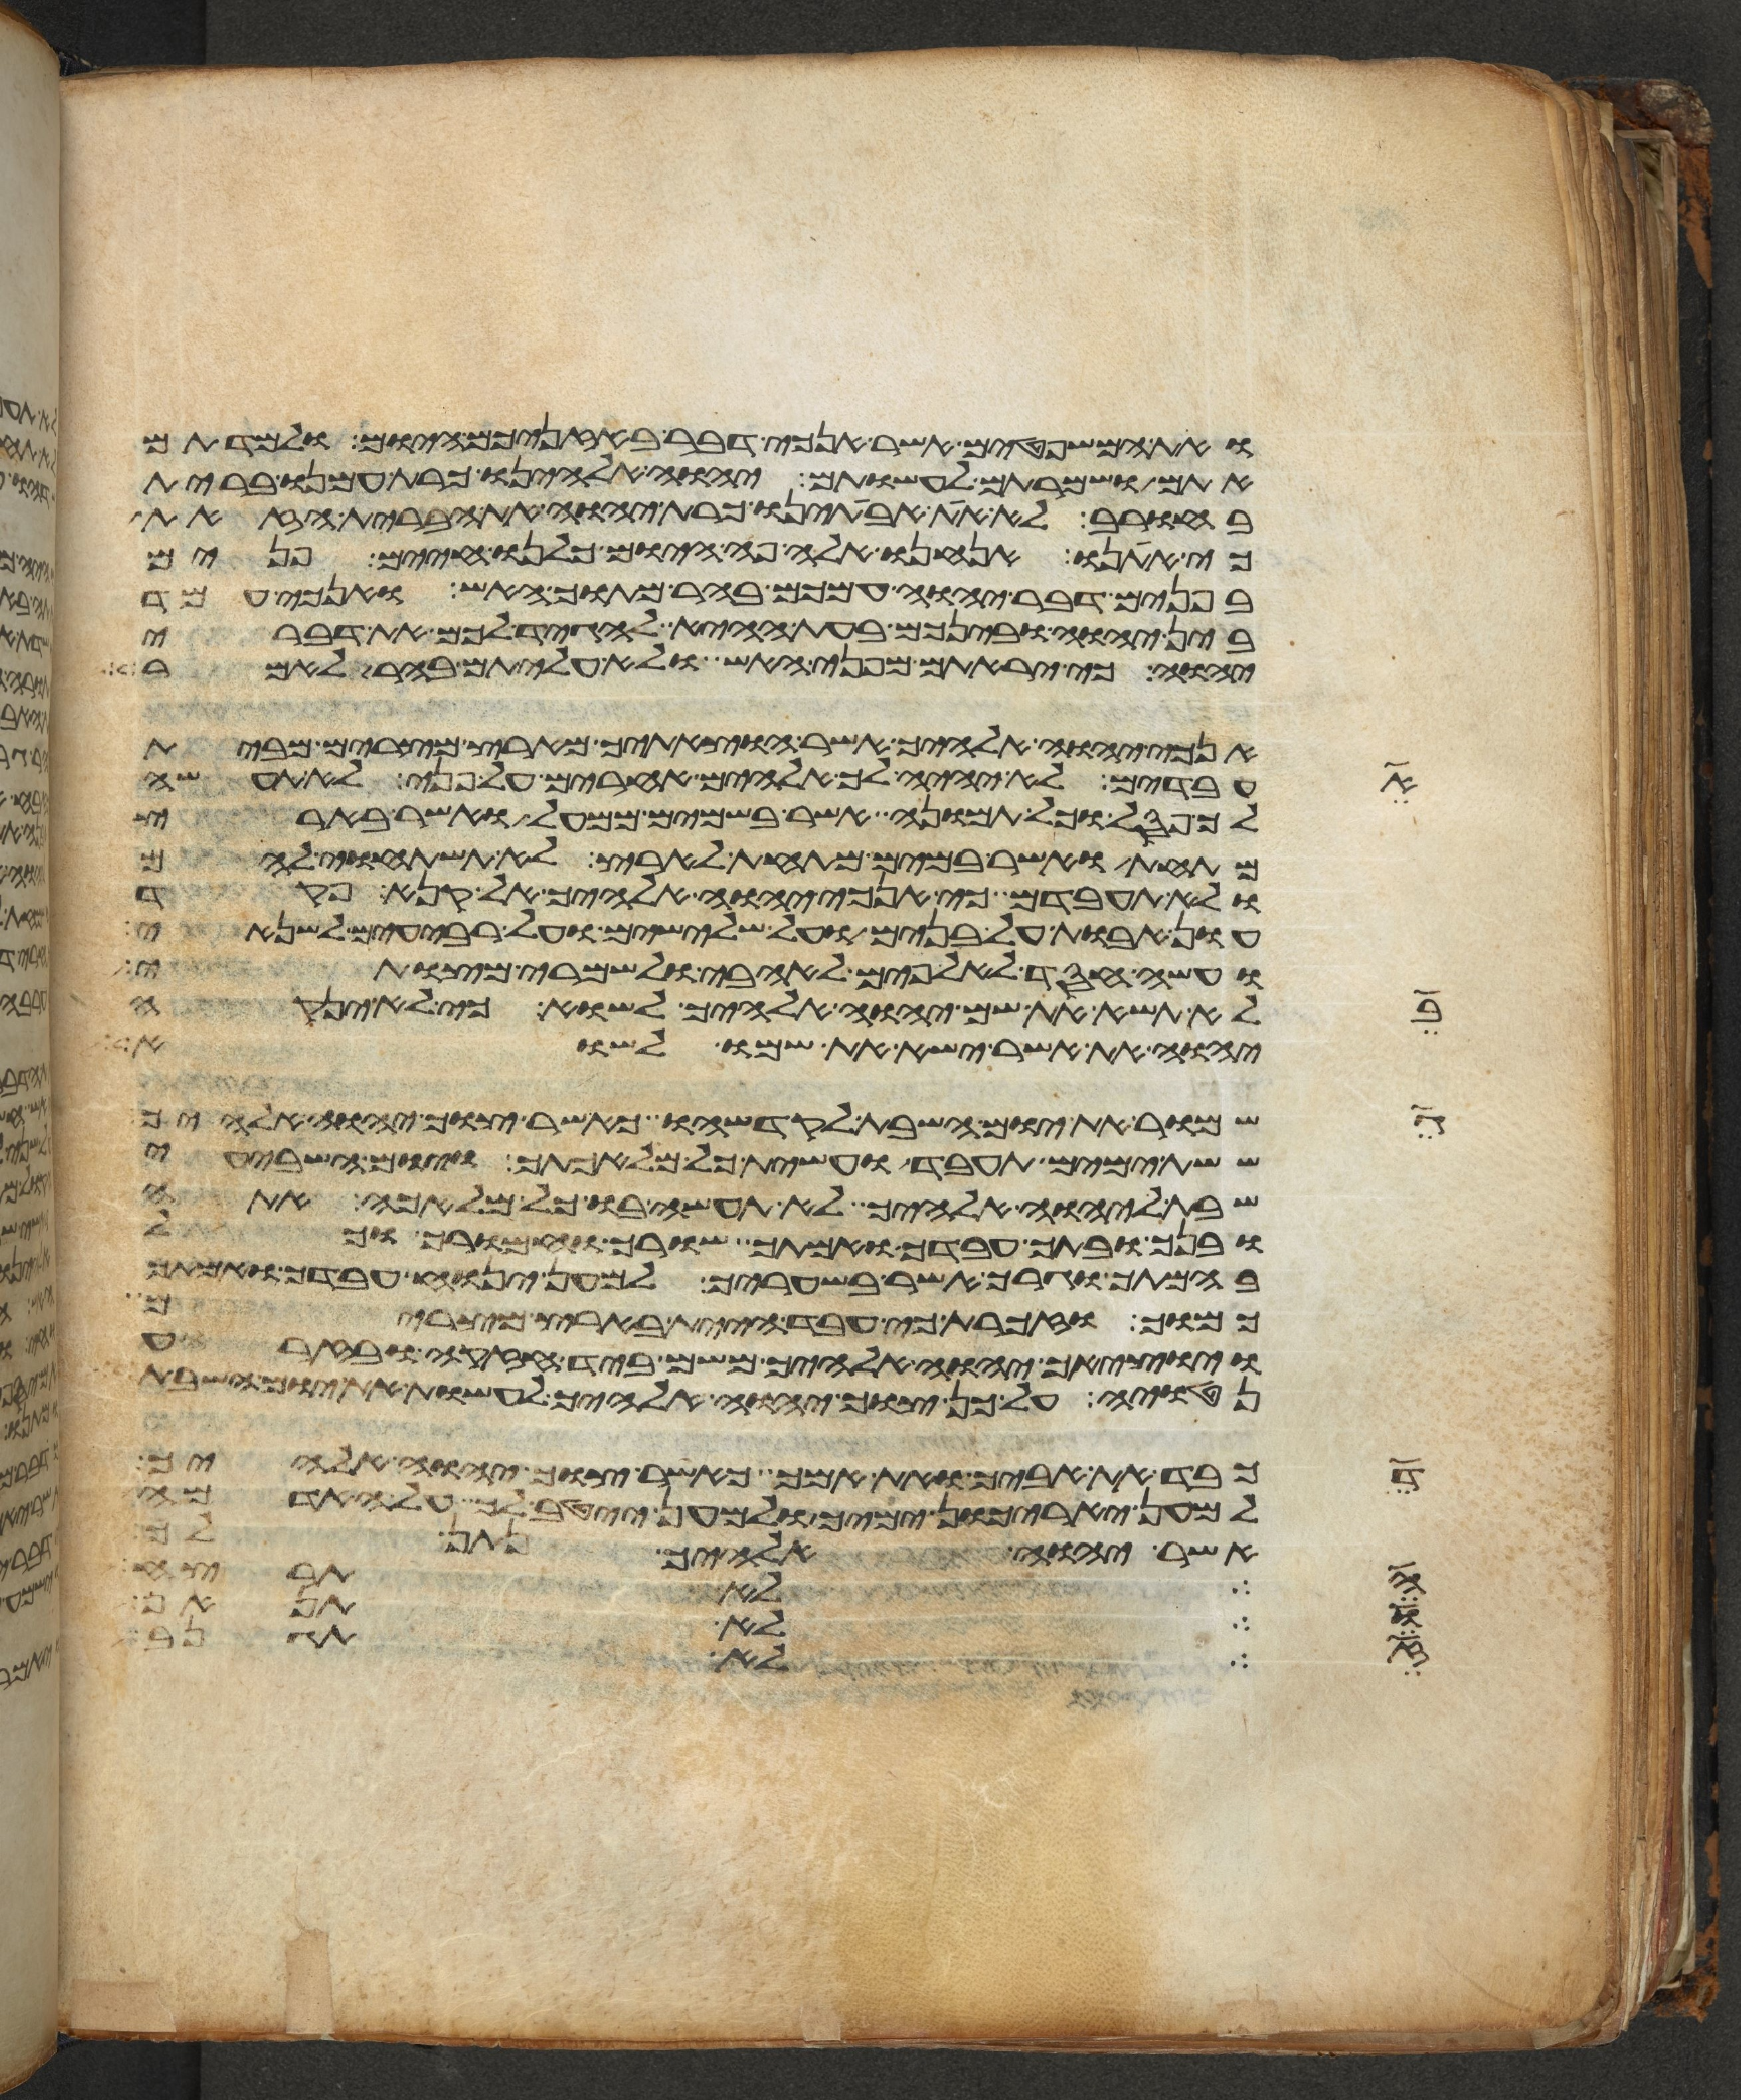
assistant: ואת המשפטים אשר אנכי דבר באזניכם היום ולמדתם
אתם ושמרתם לעשותם יהוה אלהינו כרת עמנו ברית
בחורב לא את אבתינו כרת יהוה את הברית הזאת
כי אתנו אנחנו אלה פה היום כלנו חיים פנים
בפנים דבר יהוה עמכם בהר מתוך האש ואנכי עמד
בין יהוה ובינכם בעת ההיא להגיד לכם את דברי
יהוה כי יראתם מפני האש ולא עליתם בהר לאמר
אנכי יהוה אלהיך אשר הוצאתיך מארץ מצרים מבית
את
עבדים לא יהיה לך אלהים אחרים על פני לא תעשה
לך פסל וכל תמונה אשר בשמים ממעל ואשר בארץ
מתחת ואשר במים מתחת לארץ לא תשתחוה להם
ולא תעבדם כי אנכי יהוה אלהיך אל קנא פקד
עון אבות על בנים על שלישים ועל רביעים לשנאי
ועשה חסד לאלפים לאהבי ולשמרי מצותי
בו
לא תשא את שם יהוה אלהיך לשוא כי לא ינקה
יהוה את אשר ישא את שמו לשוא
גן
שמור את יום השבת לקדשהו כאשר צוך יהוה אלהיך
ששת ימים תעבד ועשית כל מלאכתך ויום השביעי
שבת ליהוה אלהיך לא תעשה בו כל מלאכה אתה
ובנך ובתך עבדך ואמתך שורך וחמורך וכל
בהמתך וגרך אשר בשעריך למען ינוח עבדך ואמתך
כמוך וזכרת כי עבד היית בארץ מצרים
ויוציאך יהוה אלהיך משם ביד חזקה ובזרוע
נטויה על כן צוך יהוה אלהיך לעשות את יום השבת
עד
כבד את אביך ואת אמך כאשר צוך יהוה אלהיך
למען יארכון ימיך ולמען ייטב לך על האדמה
אשר יהוה אלהיך נתן לך
מה
אלהים אנשי אמת שנאי בצע
בו
ויבן לו בית
אז
לאמר גם אתה לא תבוא